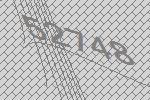
52748